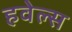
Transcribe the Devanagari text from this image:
हवेल्स